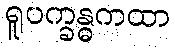
ရူပက္ခန္ဓကထာ